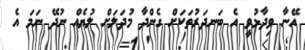
އޭނާ ވިދާޅުވީ އެ ބަނދަރުތަކަށް ގެންދާ މުދަލަށް ލުޔެއް ނުދޭ ނަމަ އެ